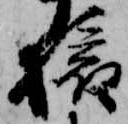
旅